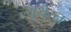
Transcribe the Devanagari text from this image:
ल्यूथेरन